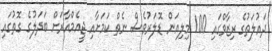
ދައުލަތުގެ ރިޒާވްގައި 100 މިލިއަން ޑޮލަރުވެސް ނެތް ކަމަށާއި ޖީއެމްއާރަށް ބަދަލުގެ ގޮތުގައި